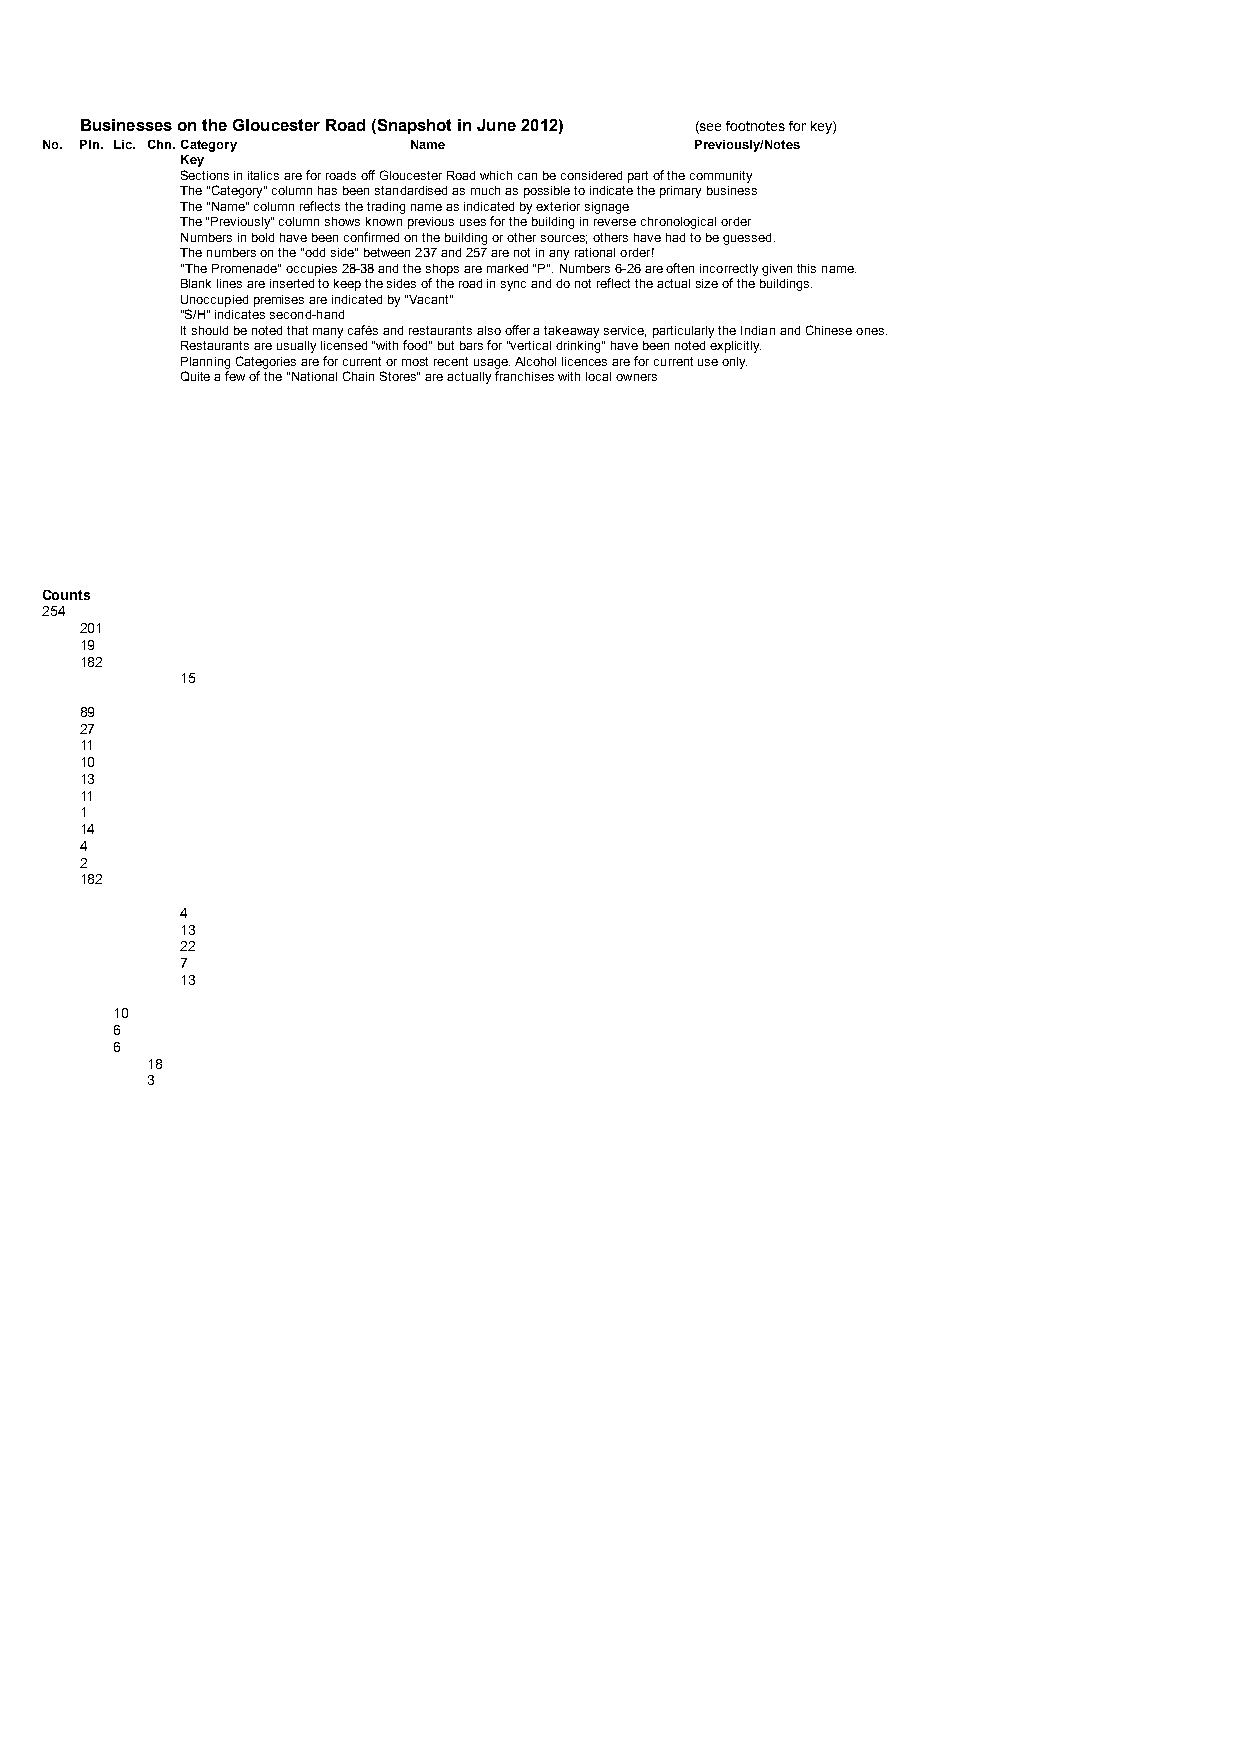
Businesses on the Gloucester Road (Snapshot in June 2012) (see footnotes for key)
 No. Pln. Lic. Chn.Category Name            Previously/Notes
 Key
 Sections in italics are for roads off Gloucester Road which can be considered part of the community
 The "Category" column has been standardised as much as possible to indicate the primary business
 The "Name" column reflects the trading name as indicated by exterior signage
 The "Previously" column shows known previous uses for the building in reverse chronological order
 Numbers in bold have been confirmed on the building or other sources; others have had to be guessed.
 The numbers on the "odd side" between 237 and 257 are not in any rational order!
 "The Promenade" occupies 28-38 and the shops are marked "P". Numbers 6-26 are often incorrectly given this name.
 Blank lines are inserted to keep the sides of the road in sync and do not reflect the actual size of the buildings.
 Unoccupied premises are indicated by "Vacant"
 "S/H" indicates second-hand
 It should be noted that many cafés and restaurants also offer a takeaway service, particularly the Indian and Chinese ones.
 Restaurants are usually licensed "with food" but bars for "vertical drinking" have been noted explicitly.
 Planning Categories are for current or most recent usage. Alcohol licences are for current use only.
 Quite a few of the "National Chain Stores" are actually franchises with local owners
 Counts
 254
 201
 19
 182
 15
 89
 27
 11
 10
 13
 11
 1
 14
 4
 2
 182
 4
 13
 22
 7
 13
 10
 6
 6
 18
 3